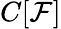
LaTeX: C[\mathcal{F}]